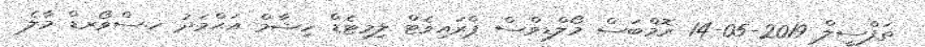
ތަފްސީލް 2019-05-14 ރޮމްބަސް މޯލްޑިވްސް ޕްރައިވެޓް ލިމިޓެޑް ހިޝާމް އަޙްމަދު ހ.ސްވޯރޑް މާލެ